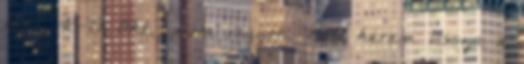
kész 48-49: Oké, idióta vagyok. Most kérem vissza a